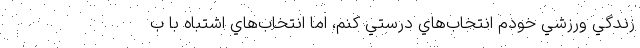
زندگي ورزشي خودم انتخاب‌هاي درستي كنم، اما انتخاب‌هاي اشتباه با ب